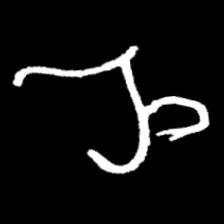
Pyu character \u2014 Myanmar letter: ည (romanized: nya)